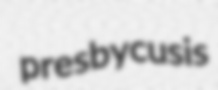
presbycusis